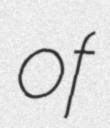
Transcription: of